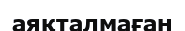
аяқталмаған